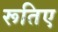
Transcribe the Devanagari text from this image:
रूतिए